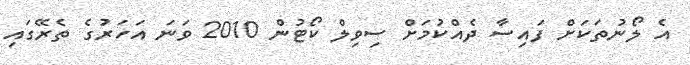
އެ ލޯނުތަކަށް ފައިސާ ދެއްކުމަށް ސިވިލް ކޯޓުން 2010 ވަނަ އަހަރުގެ ތެރޭގައި